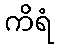
ကိရံ